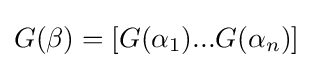
G(\beta )=[G(\alpha _{1})...G(\alpha _{n})]\;